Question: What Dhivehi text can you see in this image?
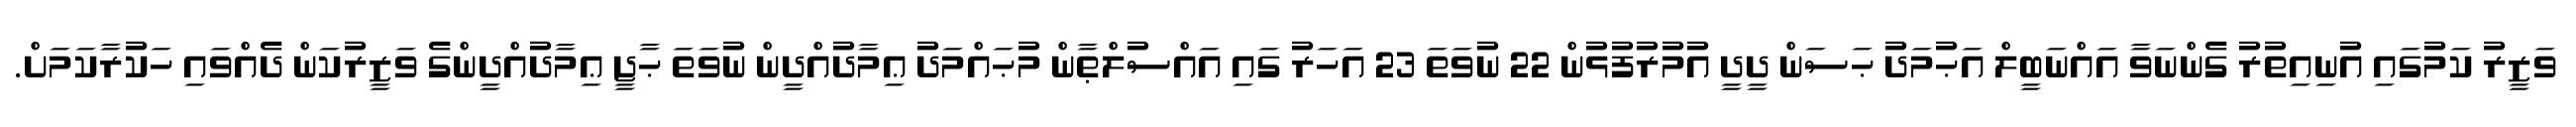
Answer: ވަޒީރު ކަމުގައި އުނިއިތުރު ގެންނަވާ އައްނަބީލް އަޙުމަދު ޙަސަން ދީދީ އުމުރުފުޅުން 22 ނުވަތަ 23 އަހަރު ގައި އައްސުލްޠާން މުޙައްމަދު ޢިމާދުއްދީން ނުވަތަ ޙާޖީ ޢިމާދުއްދީންގެ ވަޒީރުކަން ދެއްވައި ހަކުރާކަމަށް.